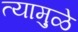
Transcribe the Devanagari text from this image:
त्यामु़ळे